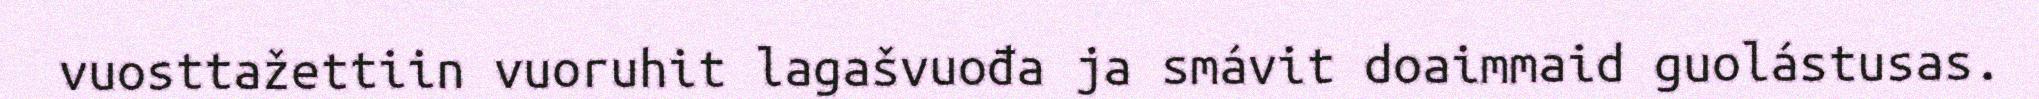
vuosttažettiin vuoruhit lagašvuođa ja smávit doaimmaid guolástusas.